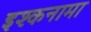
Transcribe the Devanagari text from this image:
इश्कनामा